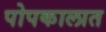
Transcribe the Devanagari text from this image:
पोपकालात